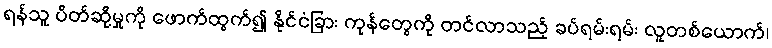
ရန်သူ ပိတ်ဆို့မှုကို ဖောက်ထွက်၍ နိုင်ငံခြား ကုန်တွေကို တင်လာသည့် ခပ်ရမ်းရမ်း လူတစ်ယောက်၊